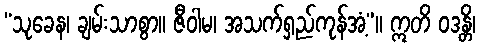
“သုခေန၊ ချမ်းသာစွာ။ ဇီဝါမ၊ အသက်ရှည်ကုန်အံ့”။ ဣတိ ဝဒန္တိ၊